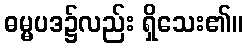
ဓမ္မပဒ၌လည်း ရှိသေး၏။